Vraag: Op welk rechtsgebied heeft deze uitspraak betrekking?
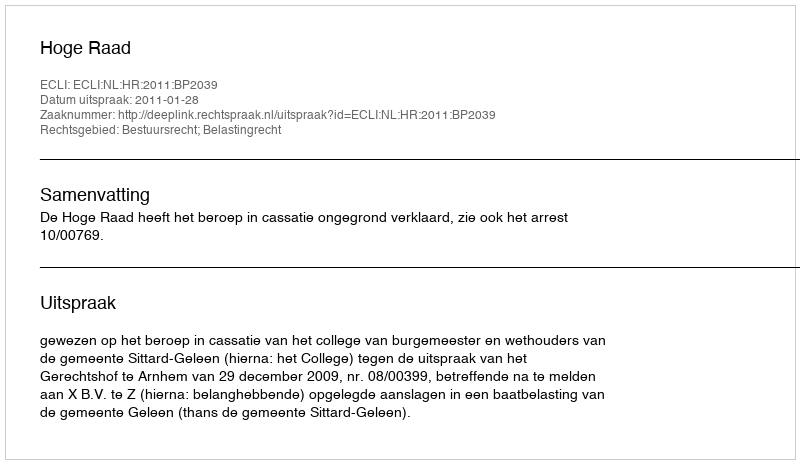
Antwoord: Bestuursrecht; Belastingrecht